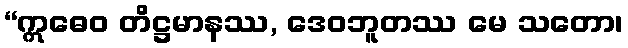
“ဣဓေဝ တိဋ္ဌမာနဿ, ဒေဝဘူတဿ မေ သတော၊